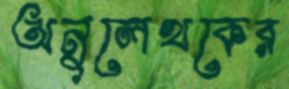
অনুলেখকের